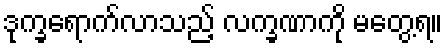
ဒုက္ခရောက်လာသည့် လက္ခဏာကို မတွေ့ရ။